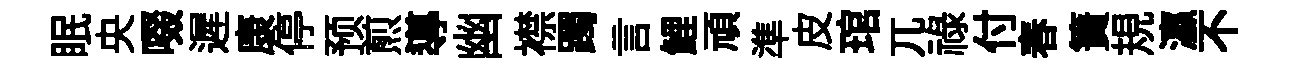
眠央啜遲康停预煎導幽襟躅言鯉頑準皮琯兀祿付春簀規瀛不